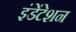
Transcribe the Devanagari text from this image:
इंडेंटेशन